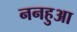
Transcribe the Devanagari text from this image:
ननहुआ